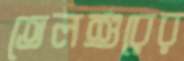
তেলশুরের